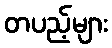
တပည့်များ